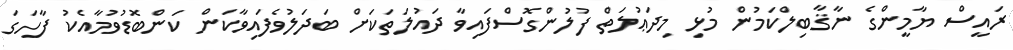
ރައީސް ޔާމީންގެ ނާޤާބިލްކަމުން މުޅި މިދަޢުލަތް ފުލުންގޮސްފައިވާ ދައުލަތަކަށް ބަދަލުވެފައިވާކަން ކަންބޮޑުވުމާއެކު ފާހަގަ